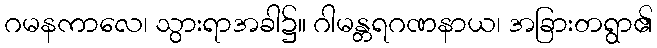
ဂမနကာလေ၊ သွားရာအခါ၌။ ဂါမန္တရဂဏနာယ၊ အခြားတရွာ၏